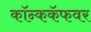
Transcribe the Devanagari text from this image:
कॉन्ककॅफवर